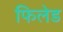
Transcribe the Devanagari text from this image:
फिलेड